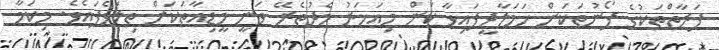
ފަރާތްތަކުގެ ފޯނުތަކަށް ހަމަލާދީފައިވާ ކަން މިއަހަރު މެދުތެރޭ ވަނީ މީޑިއާތަކަށް ތިލަވެފައެވެ. މިކަމާ